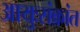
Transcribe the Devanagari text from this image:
आयुःसंक्रांत